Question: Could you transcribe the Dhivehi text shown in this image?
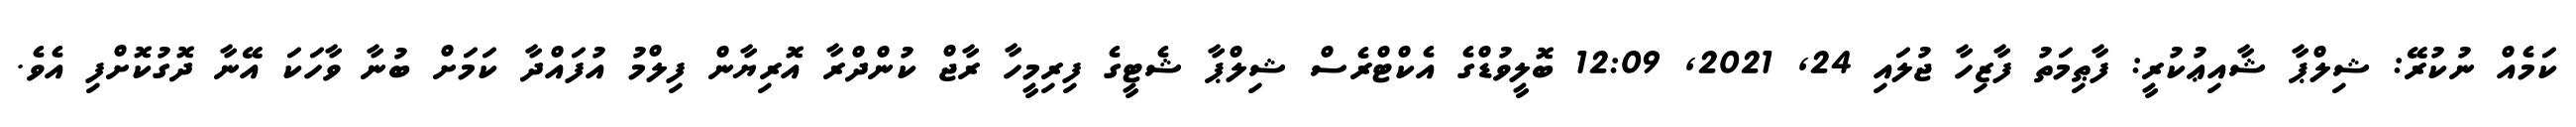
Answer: ކަމެއް ނުކުރޭ: ޝިލްޕާ ޝާއިޢުކުރީ: ފާޠިމަތު ފާޒިހާ ޖުލައި 24, 2021, 12:09 ބޮލީވުޑްގެ އެކްޓްރެސް ޝިލްޕާ ޝެޓީގެ ފިރިމީހާ ރާޖް ކުންދްރާ އޮރިޔާން ފިލްމު އުފައްދާ ކަމަށް ބުނާ ވާހަކަ އޭނާ ދޮގުކޮށްފި އެވެ.